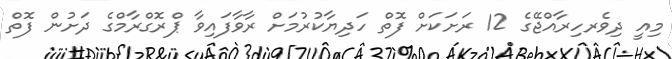
މިއީ ދިވެރހިރާއްޖޭގެ 12 ރަށަކަށް ފޮތް ހަދިޔާކުރުމަށް ރާވާފައިވާ ޕްރޮގްރާމްގެ ދަށުން ފޮތް